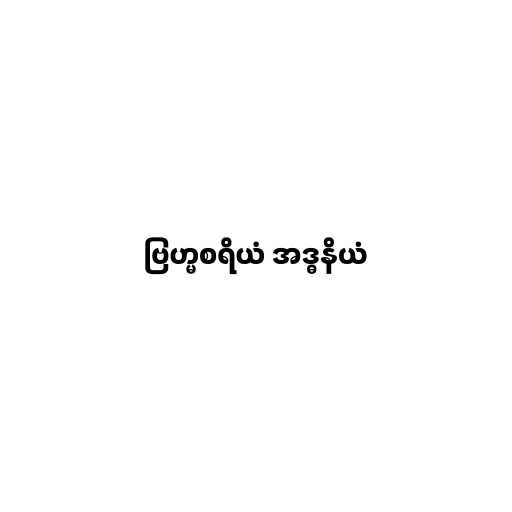
ဗြဟ္မစရိယံ အဒ္ဓနိယံ